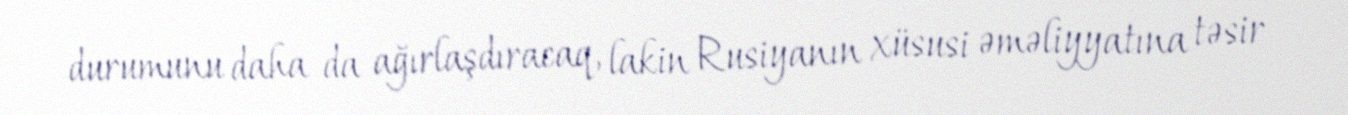
durumunu daha da ağırlaşdıracaq, lakin Rusiyanın xüsusi əməliyyatına təsir